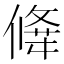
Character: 𠎕